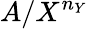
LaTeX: A/X^{n_{Y}}